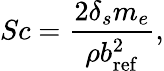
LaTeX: Sc={\frac{2\delta_{s}m_{e}}{\rho b_{\mathrm{ref}}^{2}}},